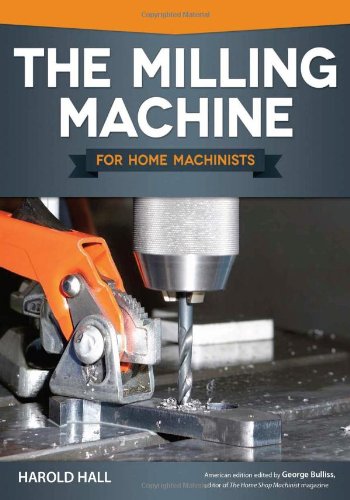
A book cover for Milling Machine for Home Machinists, The; Harold Hall; Crafts, Hobbies & Home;